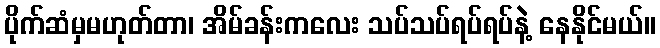
ပိုက်ဆံမှမဟုတ်တာ၊ အိမ်ခန်းကလေး သပ်သပ်ရပ်ရပ်နဲ့ နေနိုင်မယ်။